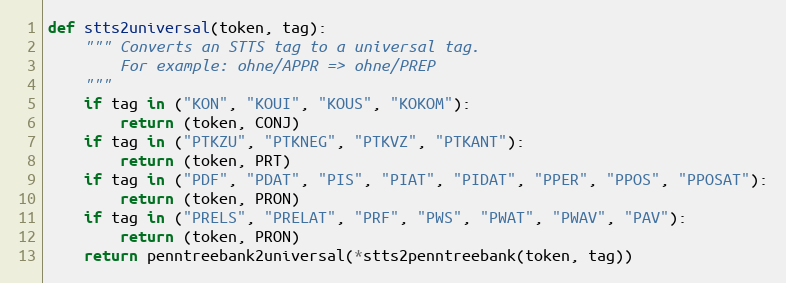
Language: Python
def stts2universal(token, tag):
    """ Converts an STTS tag to a universal tag.
        For example: ohne/APPR => ohne/PREP
    """
    if tag in ("KON", "KOUI", "KOUS", "KOKOM"):
        return (token, CONJ)
    if tag in ("PTKZU", "PTKNEG", "PTKVZ", "PTKANT"):
        return (token, PRT)
    if tag in ("PDF", "PDAT", "PIS", "PIAT", "PIDAT", "PPER", "PPOS", "PPOSAT"):
        return (token, PRON)
    if tag in ("PRELS", "PRELAT", "PRF", "PWS", "PWAT", "PWAV", "PAV"):
        return (token, PRON)
    return penntreebank2universal(*stts2penntreebank(token, tag))